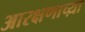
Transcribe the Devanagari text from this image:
आरक्षणाच्य़ा